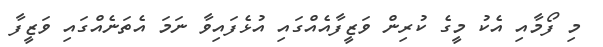
މި ފޯމާއި އެކު މީގެ ކުރިން ވަޒީފާއެއްގައި އުޅެފައިވާ ނަމަ އެތަނެއްގައި ވަޒީފާ